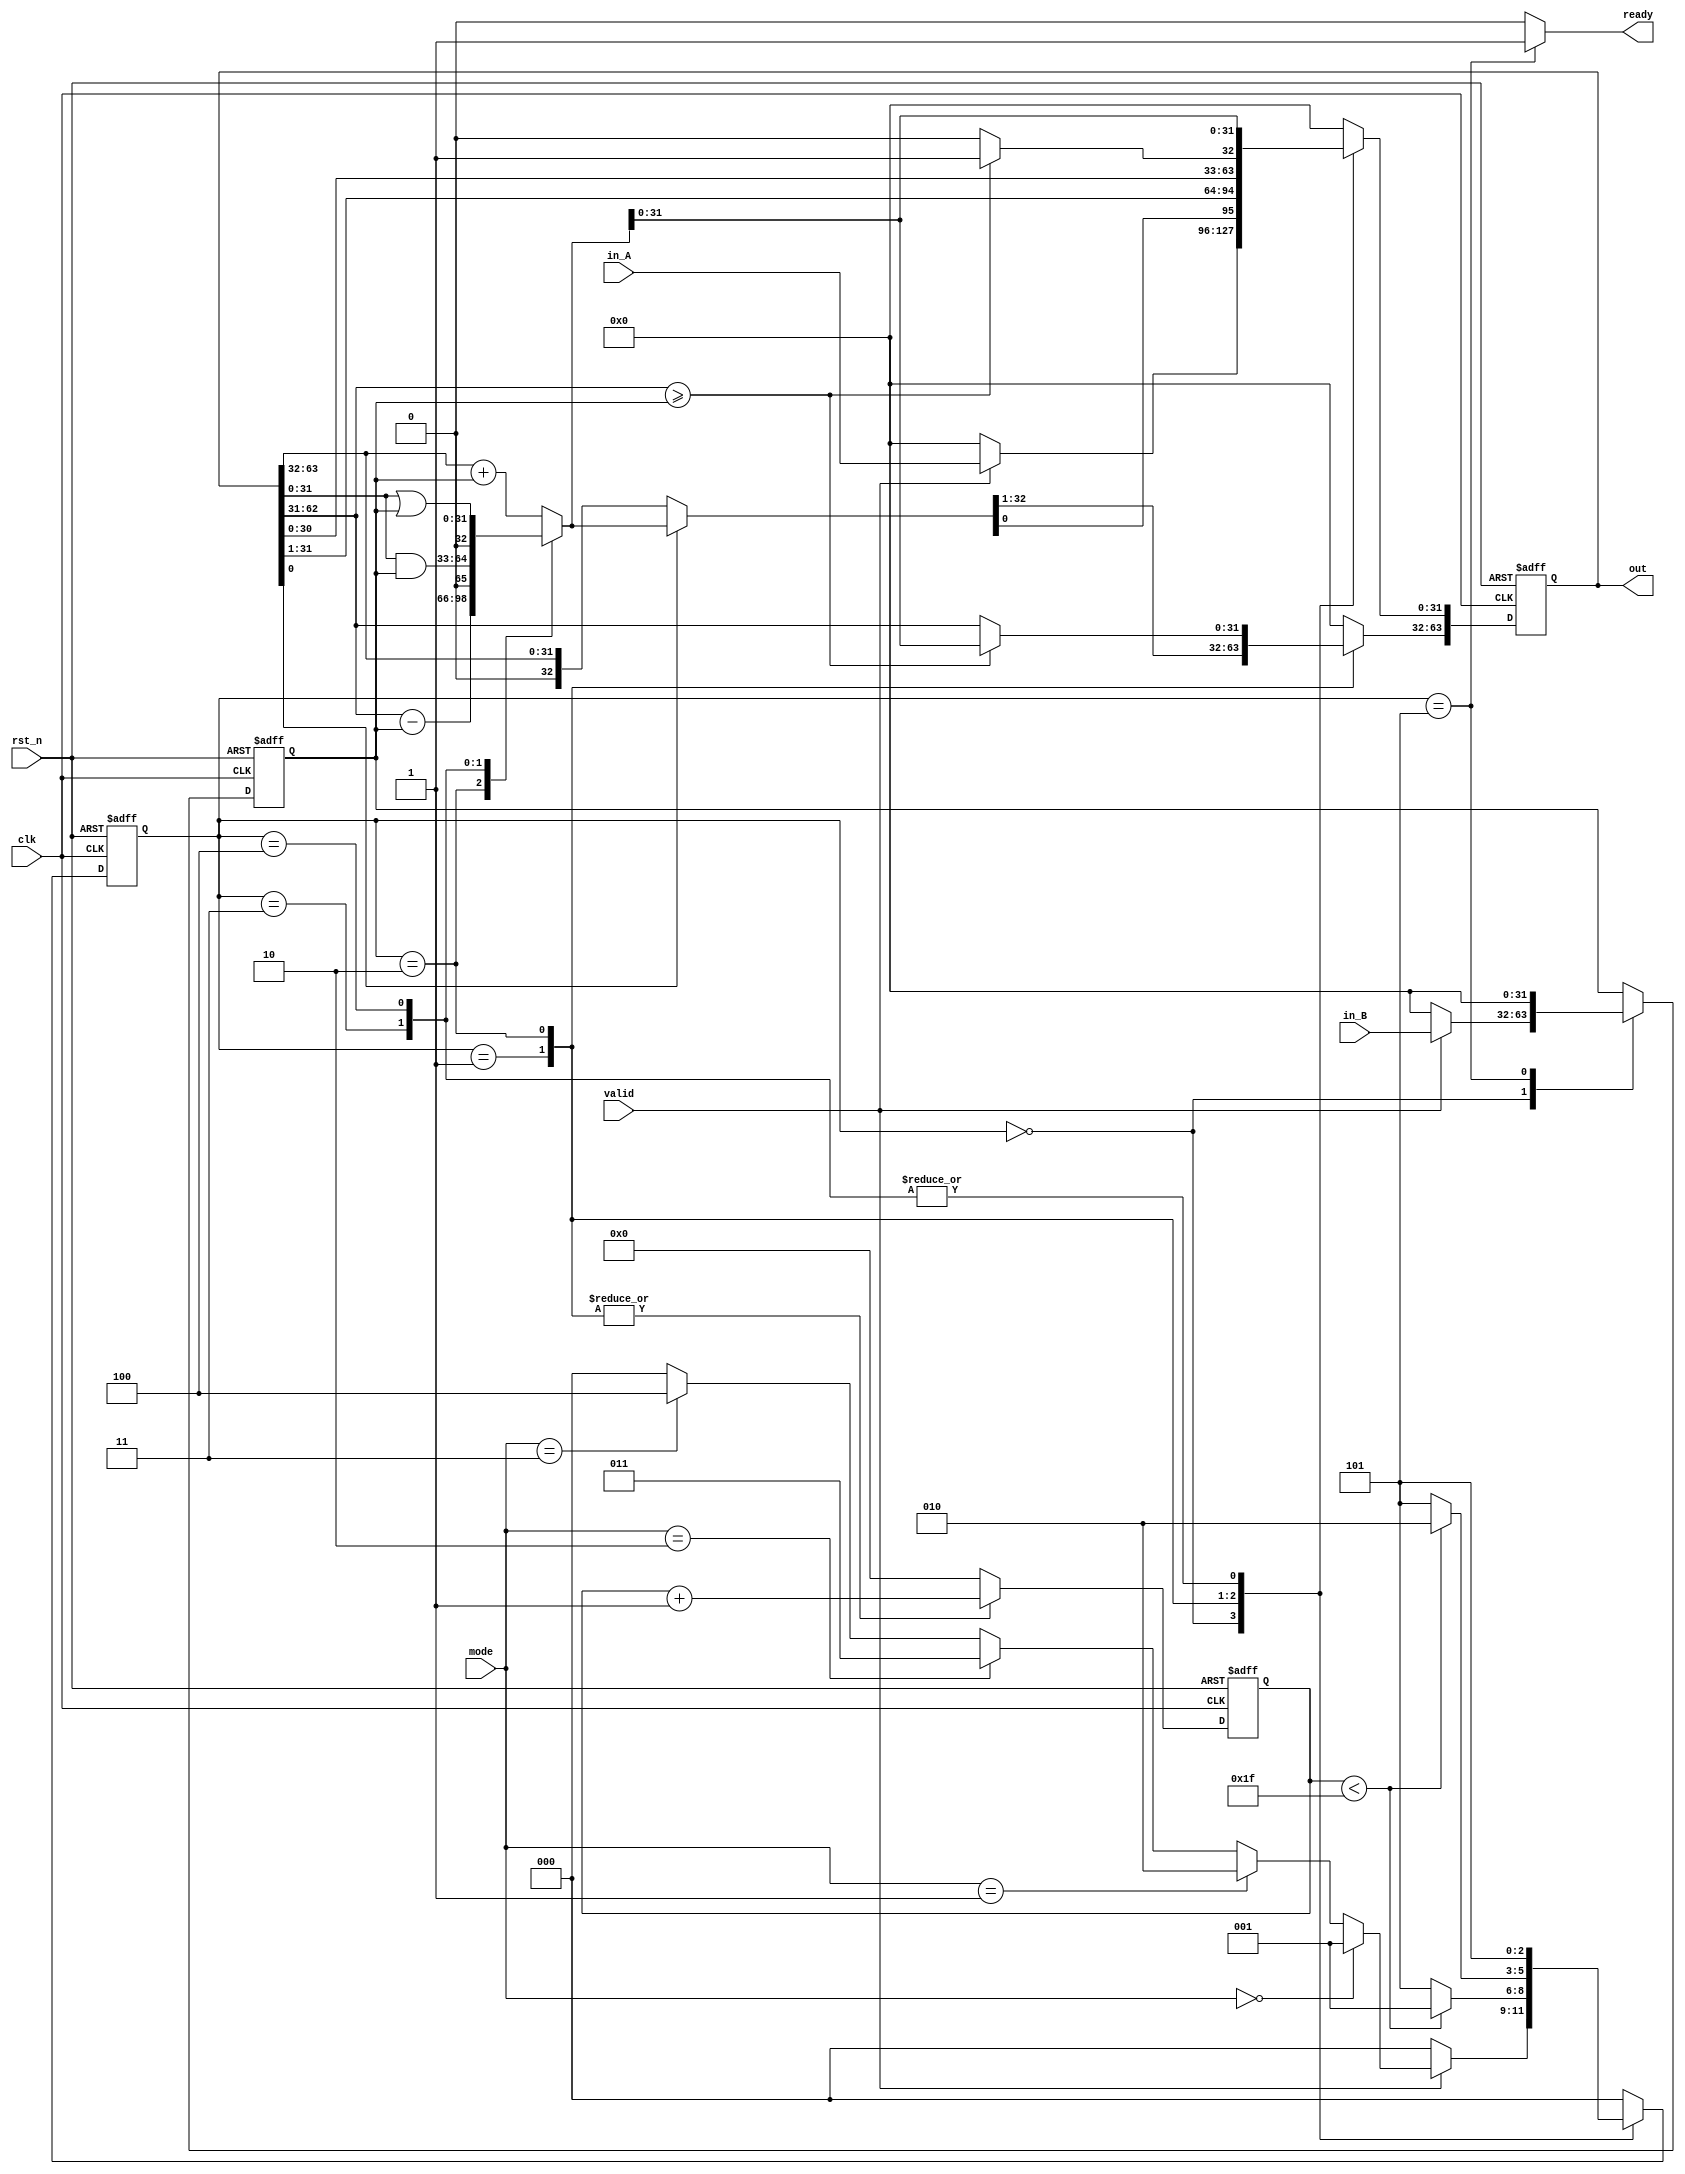
module ALU(
    clk,
    rst_n,
    valid,
    ready,
    mode,
    in_A,
    in_B,
    out
);

    // Definition of ports
    input         clk, rst_n;
    input         valid;
    input  [1:0]  mode; // mode: 0: mulu, 1: divu, 2: and, 3: or
    output        ready;
    input  [31:0] in_A, in_B;
    output [63:0] out;

    // Definition of states
    parameter IDLE = 3'd0;
    parameter MUL  = 3'd1;
    parameter DIV  = 3'd2;
    parameter AND = 3'd3;
    parameter OR = 3'd4;
    parameter OUT  = 3'd5;

    // Todo: Wire and reg if needed
    reg  [ 2:0] state, state_nxt;
    reg  [ 4:0] counter, counter_nxt;
    reg  [63:0] shreg, shreg_nxt;
    reg  [31:0] alu_in, alu_in_nxt;
    reg  [32:0] alu_out;
    reg ready_reg;
    // Todo: Instatiate any primitives if needed

    // Todo 5: Wire assignments
    assign ready=ready_reg;
    assign out=shreg;
    // Combinational always block
    // Todo 1: Next-state logic of state machine
    always @(*) begin
        case(state)
            IDLE: begin
                //counter = 0;
                ready_reg=0;
                if(valid)
                    if(mode==0)
                        state_nxt = MUL;
                    else if(mode==1)
                        state_nxt = DIV;
                    else if(mode==2)
                        state_nxt = AND;
                    else if(mode==3)
                        state_nxt = OR;
                    else
                        state_nxt = IDLE;
                    
                else
                    state_nxt = IDLE;

            end
            MUL : begin
                if( counter < 31)
                    begin
                        state_nxt = MUL;
                        ready_reg=0;
                        //ready_reg=0;
                    end
                else
                    begin
                        state_nxt = OUT;
                        ready_reg=0;
                    end
            end
            DIV : begin
                if( counter < 31)
                    begin
                        state_nxt = DIV;
                        ready_reg=0;
                        //ready_reg=0;
                    end
                else
                    begin
                        state_nxt = OUT;
                        ready_reg=0;
                    end
            end  
            AND : begin
                state_nxt = OUT;
                ready_reg=0;
            end
            OR  : begin
                state_nxt = OUT;
                ready_reg=0;
            end
            OUT : begin
                state_nxt = IDLE;
                ready_reg=1;
            end
            default : begin
                state_nxt = IDLE;
                ready_reg=0;
            end
        endcase
    end
    // Todo 2: Counter
    always @(*) begin
        case(state)
            MUL: begin
                counter_nxt = counter + 1;
            end
            DIV: begin
                counter_nxt = counter + 1;
            end
            default: counter_nxt = 0;
        endcase 
    end


    // ALU input
    always @(*) begin
        case(state)
            IDLE: begin
                if (valid) alu_in_nxt = in_B;
                else       alu_in_nxt = 0;
            end
            OUT : alu_in_nxt = 0;
            default: alu_in_nxt = alu_in;
        endcase
    end

    // Todo 3: ALU output
    always @(*) begin
        case(state)
            MUL: begin
                alu_out = shreg[63:32]+ alu_in[31:0];
            end
            DIV : begin
                alu_out = shreg[62:31]- alu_in[31:0];
            end
            AND : begin
                alu_out = shreg[31:0] & alu_in[31:0];
            end
            OR : begin
                alu_out = shreg[31:0] | alu_in[31:0];
            end
            default:begin
                alu_out = 0;
            end
        endcase
    end
    // Todo 4: Shift register
    always @(*) begin
        case(state)
            IDLE: begin
                shreg_nxt[63:32]=0;
                if (valid) shreg_nxt[31:0] = in_A;
                else       shreg_nxt[31:0] = 0;
            end
            MUL: begin
                if(shreg[0]==1) begin
                    //shreg[63]=0;
                    shreg_nxt[63:31] = alu_out;
                    shreg_nxt[30:0] = shreg[31:1];
                end
                else begin
                    shreg_nxt = shreg >> 1;
                end
                
            end
            DIV : begin
                if(shreg[62:31] >= alu_in) begin 
                    shreg_nxt[63:32] = alu_out;
                    shreg_nxt[31:1] = shreg[30:0];
                    shreg_nxt[0]=1; 
                end
                else begin
                    shreg_nxt = shreg << 1;
                    //shreg_nxt[0]=0; 
                end
            end
            AND: begin
                shreg_nxt[63:32]=0;
                shreg_nxt[31:0]=alu_out[31:0];
            end
            OR: begin
                shreg_nxt[63:32]=0;
                shreg_nxt[31:0]=alu_out[31:0];
            end
            default: begin
                shreg_nxt = 0;
            end

        endcase
    end
    // Todo: Sequential always block
    always @(posedge clk or negedge rst_n) begin
        if (!rst_n) begin
            state <= IDLE;
            alu_in <= 0;
            counter <= 0;
            shreg <= 0;
        end
        else begin
            state <= state_nxt;
            alu_in <= alu_in_nxt;
            counter <= counter_nxt;
            shreg <= shreg_nxt;
        end
    end

endmodule